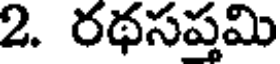
2. రథసప్తమి